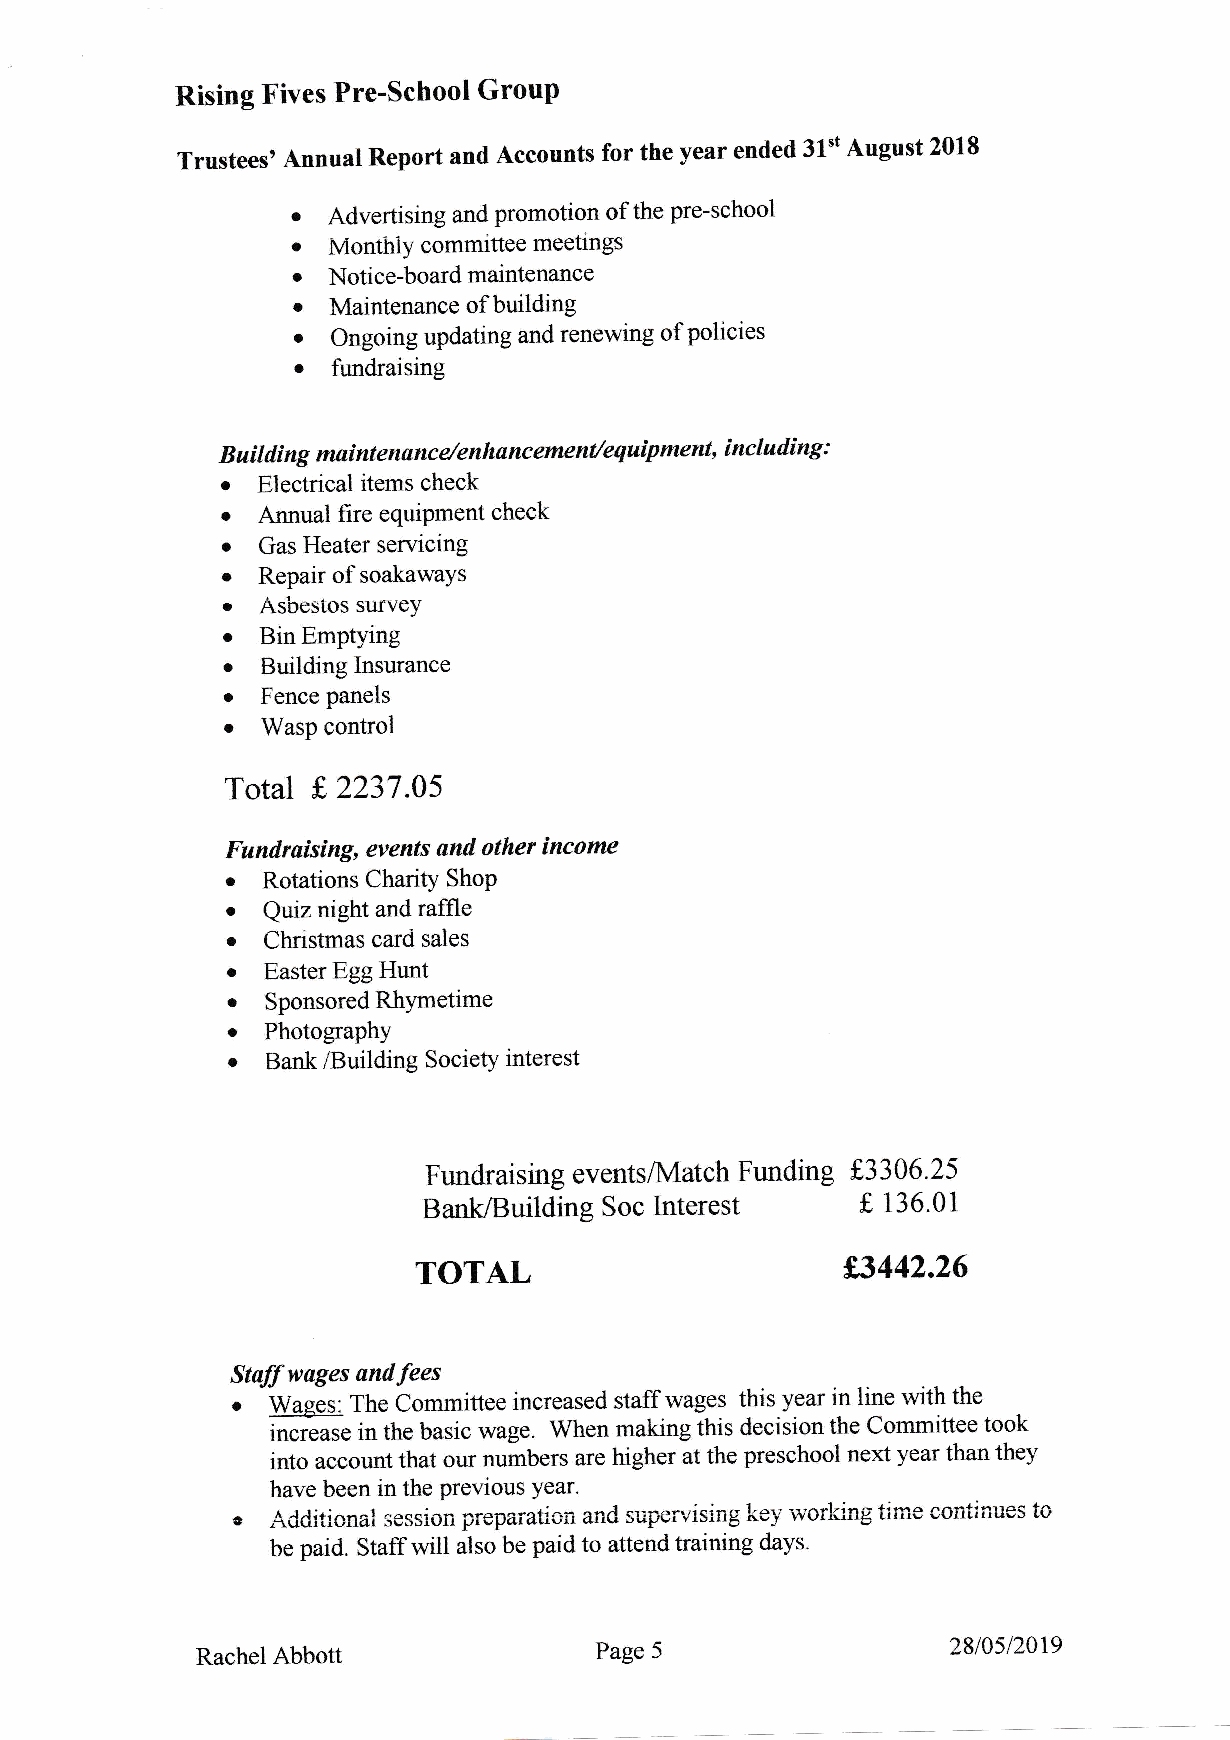
Rising Fives Pre-school GrouP
 Trustees' Annual Report and Accounts for the year ended 31't August 2018
 o
 Advertising and promotion of the pre-school
 o
 MonthiY committee meetings
 c
 Notice-boardmaintenance
 o
 Maintenance of building
 '  Ongoing updating and renewing of policies
 o
 t'undraising
 Buil di ng mai ntenanc e/en lranc eme nt/equipment, incl udi ng :
 o
 Electrical items check
 o
 Annual fire equipment check
 o
 Gas Heater servicing
 r
 Repair of soakawaYs
 o
 Asbesios survey
 .
 Bin Emptying
 .
 Building lnsurance
 o
 Fence panels
 .
 WasP control
 Total f,2237 .05
 Fundraising, events and other income
 o
 Rotations Charity ShoP
 o
 Quiz night and raffle
 o
 Christmas carci saies
 o
 Easter Egg Hunt
 o
 Sponsored RhYmetirne
 o
 Photography
 o
 Bank,tsuilding Society interest
 Fundraising events/hdatch Fund ing f.330 6.25
 Interest      [
 BanklBuilding Soc             136.01
 TOTAL
 f3442.26
 Staff wuges andfees
 -Wages:
 .       The Committee increased staff wages this year in line with the
 i*"**. in the basic rvage. When making this decision the Committee took
 into account that our numbers are higher at the preschool next year than they
 have been in the Previous Year'
 e  Additicnai ssssion prepaiaiion and supen'ising kei' worlling tinie continues to
 be paid. Staff will also be paid to attend training days'
 Rachel Abbott             Page 5                  2810512019